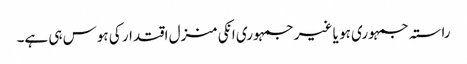
راستہ جمہوری ہو یا غیر جمہوری انکی منزل اقتدار کی ہوس ہی ہے۔